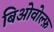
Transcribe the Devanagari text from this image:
बिओवोल्फ़